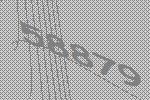
58879